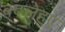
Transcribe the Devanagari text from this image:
बदलेहुए